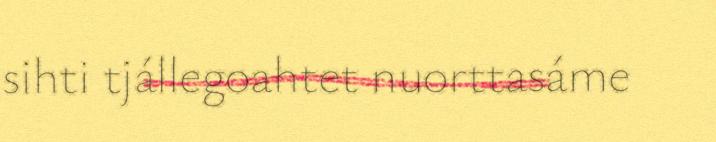
sihti tjállegoahtet nuorttasáme